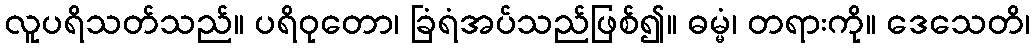
လူပရိသတ်သည်။ ပရိဝုတော၊ ခြံရံအပ်သည်ဖြစ်၍။ ဓမ္မံ၊ တရားကို။ ဒေသေတိ၊